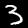
Label: 3